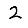
Digit: 2